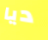
ديا